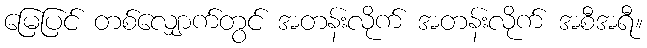
မြေပြင် တစ်လျှောက်တွင် အတန်းလိုက် အတန်းလိုက် အစီအရီ။